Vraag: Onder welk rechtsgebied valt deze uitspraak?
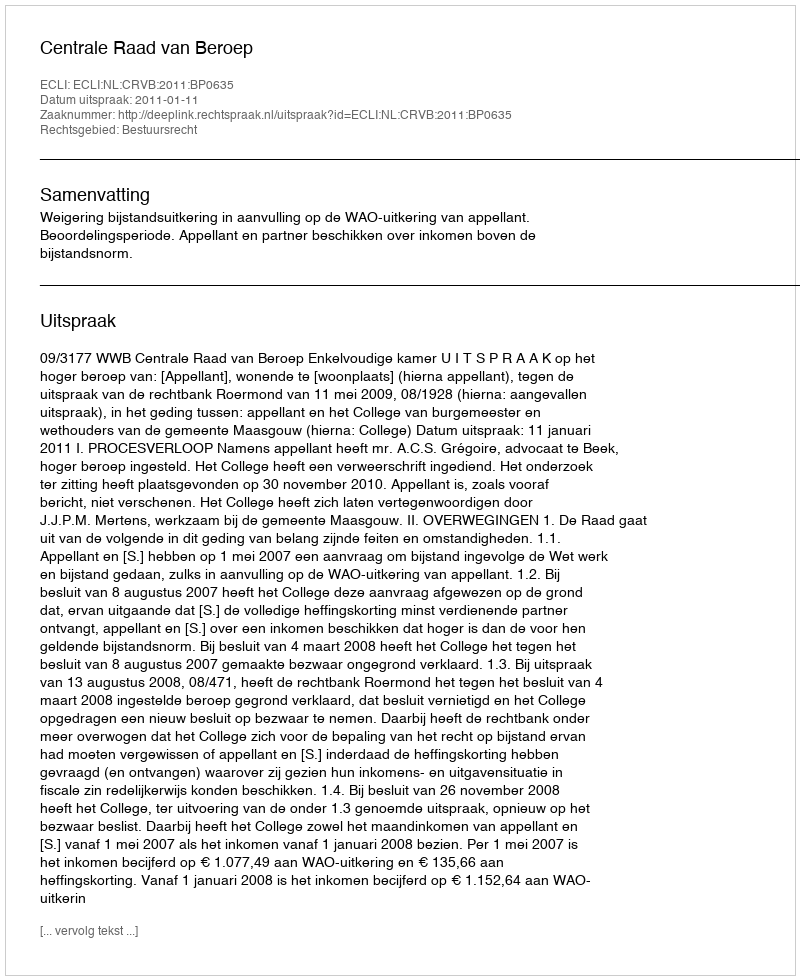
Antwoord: Bestuursrecht